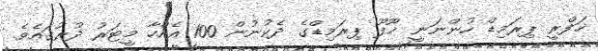
ޚަފްރީ ޕިރަމިޑް ހުންނަނީ ޚޫފޫ ޕިރަމިޑްގެ ދެކުނުން 100 އެއްހާ މީޓަރު ދުރުގައެވެ.